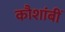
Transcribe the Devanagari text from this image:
कौशांबीं